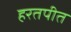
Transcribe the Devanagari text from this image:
हरतपीत